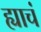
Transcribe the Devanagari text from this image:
ह्याचं